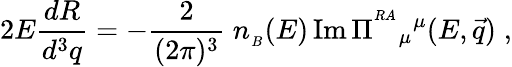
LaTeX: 2E{\frac{dR}{d^{3}q}}=-{\frac{2}{(2\pi)^{3}}}\; n_{_B}(E)\, \mathrm{Im}\, \Pi^{^{RA}}{}_{\mu}{}^{\mu}(E,{\vec{q}})\; ,